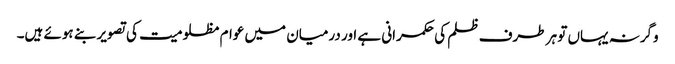
وگرنہ یہاں تو ہر طرف ظلم کی حکمرانی ہے اور درمیان میں عوام مظلومیت کی تصویر بنے ہوئے ہیں۔